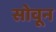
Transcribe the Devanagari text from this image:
सोवून